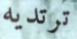
ترتديه